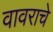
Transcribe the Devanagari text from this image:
वावराचे